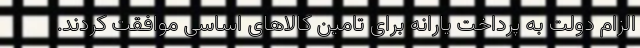
الزام دولت به پرداخت یارانه برای تامین کالاهای اساسی موافقت کردند.